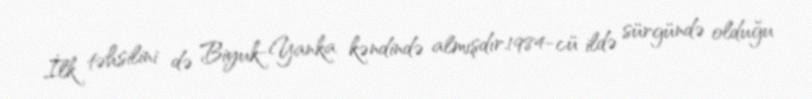
İlk təhsilini də Biyuk-Yanka kəndində almışdır.1984-cü ildə sürgündə olduğu